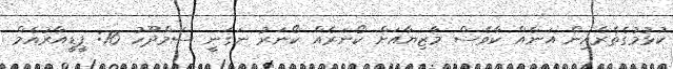
ކުޅުމުގެތެރެއިން އަނެއް ކާވެސް މާޒިޔާއަށް ކޯނަރެއް ކޯނަރު ނަގަނީ ސަމްދޫހު 16: ޕީޑީއާރުއެމް